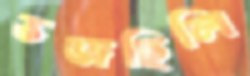
ভজছিলি